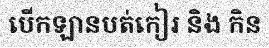
បើកឡានបត់កៀរ និង កិន